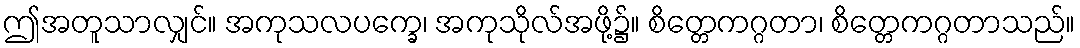
ဤအတူသာလျှင်။ အကုသလပက္ခေ၊ အကုသိုလ်အဖို့၌။ စိတ္တေကဂ္ဂတာ၊ စိတ္တေကဂ္ဂတာသည်။